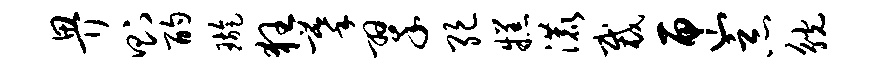
畀则酌璇狂摹翠绝糕漉裁匣恶觥